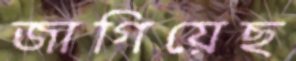
জাগিয়েছ